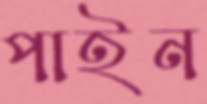
পাইন